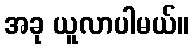
အခု ယူလာပါမယ်။